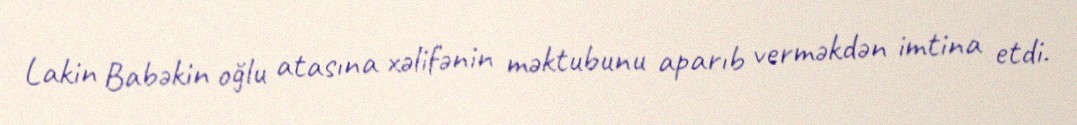
Lakin Babəkin oğlu atasına xəlifənin məktubunu aparıb verməkdən imtina etdi.